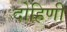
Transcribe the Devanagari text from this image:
दोहिणी